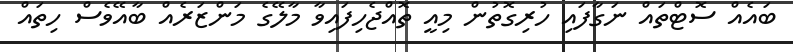
ބައެއް ސޮޓްތައް ނަގާފައި ހުރިގޮތުން މިއީ ތޮއްޖެހިފައިވާ މާލޭގެ މަންޒަރެއް ބާއޭވެސް ހިތައް